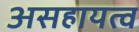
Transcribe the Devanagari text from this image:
असहायत्व